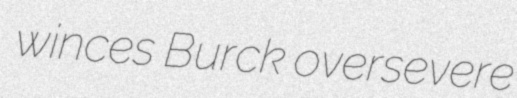
winces Burck oversevere